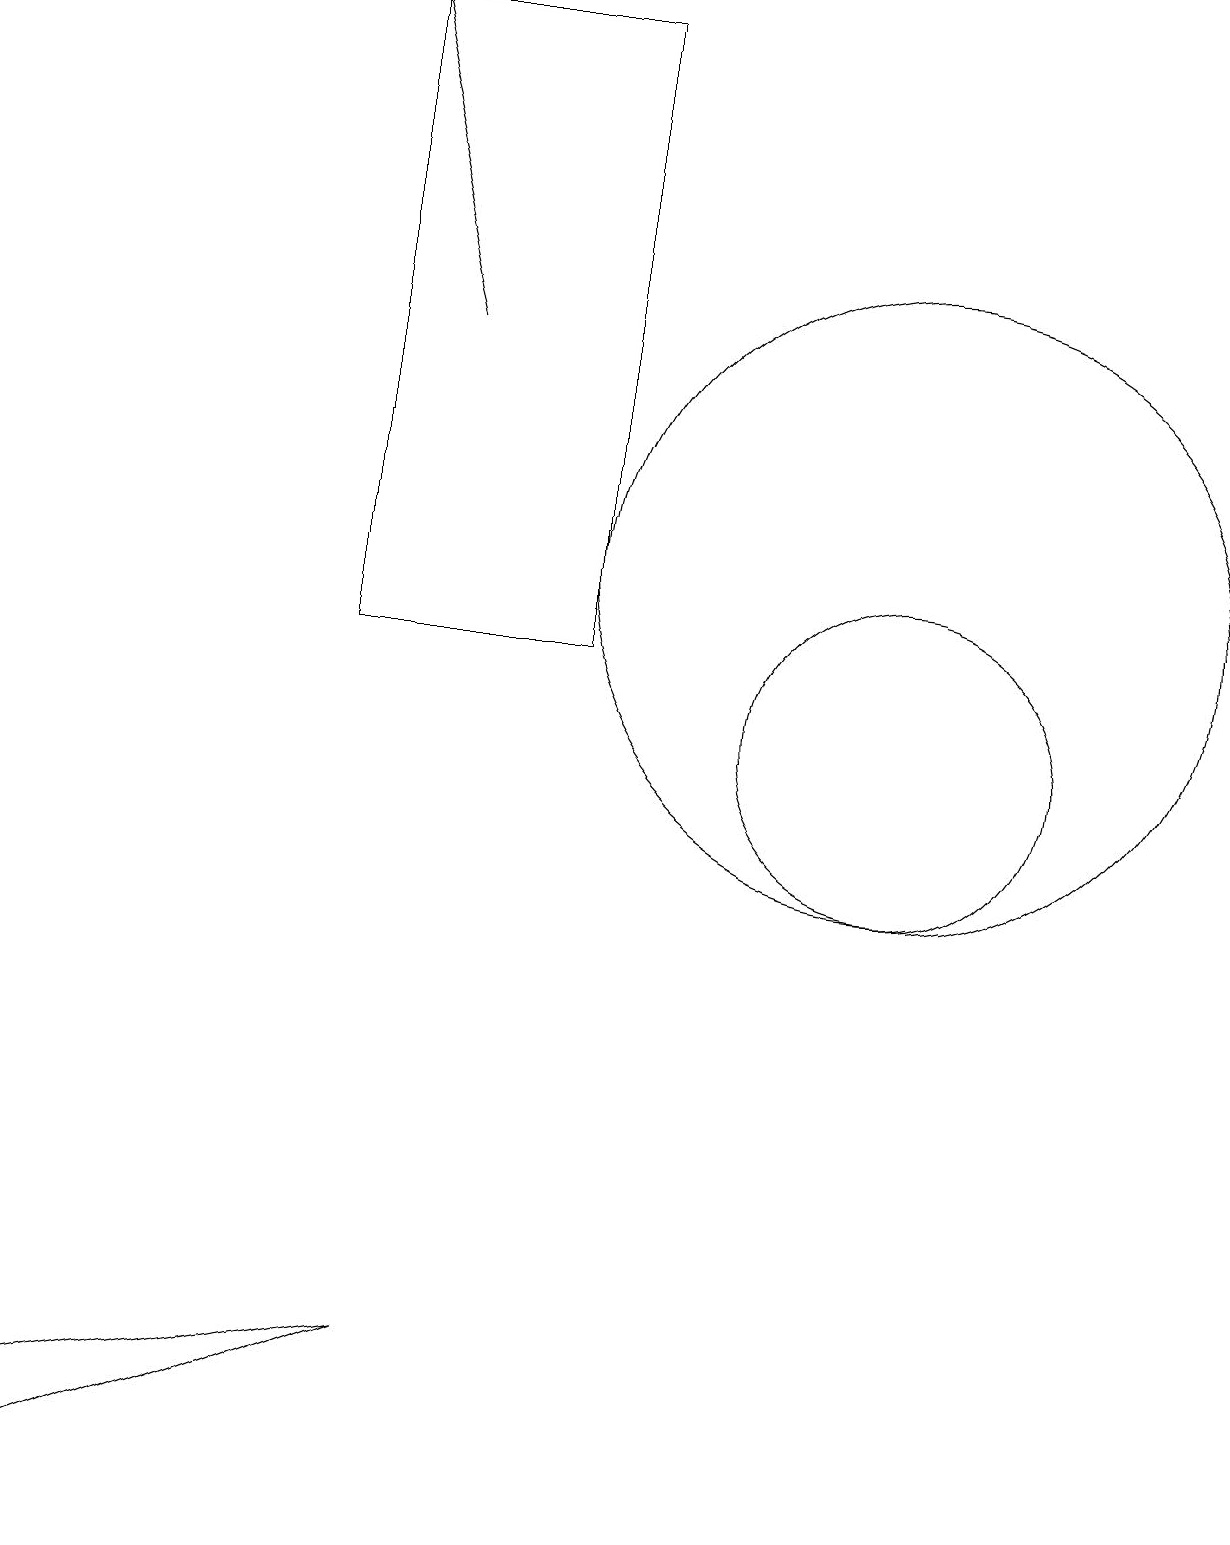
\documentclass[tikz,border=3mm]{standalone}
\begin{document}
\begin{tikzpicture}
\draw[->] (6,15) -- (5,19);
\draw (12,10) circle (2);
\draw (5,11) rectangle (8,19);
\draw (6,2) -- (1,1) -- (1,0) -- cycle;
\draw (12,12) circle (4);
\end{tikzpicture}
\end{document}